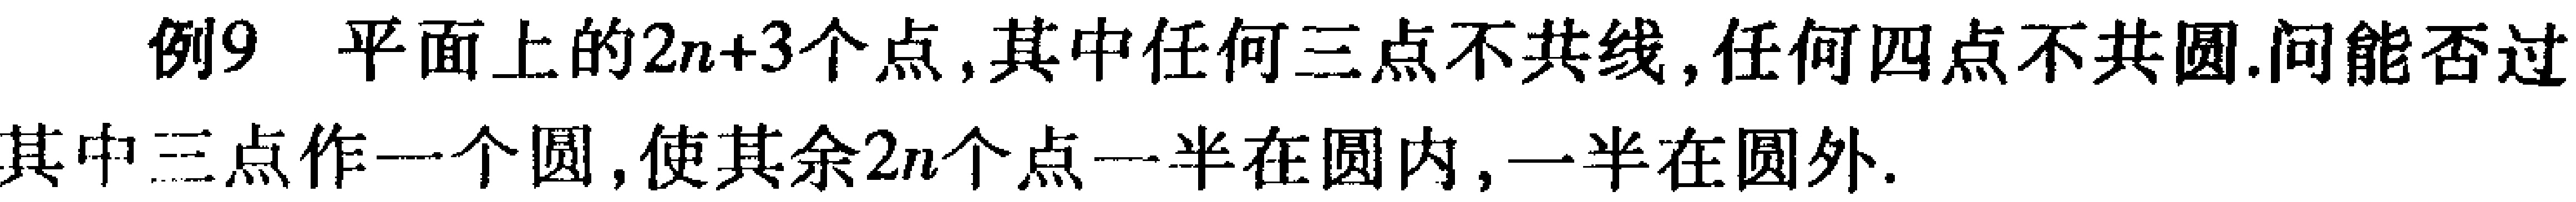
例9 平面上的\(2n + 3\)个点,其中任何三点不共线,任何四点不共圆.问能否过其中三点作一个圆,使其余\(2n\)个点一半在圆内,一半在圆外.